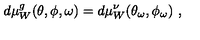
d \mu _ { W } ^ { g } ( \theta , \phi , \omega ) = d \mu _ { W } ^ { \nu } ( \theta _ { \omega } , \phi _ { \omega } ) \ ,